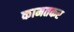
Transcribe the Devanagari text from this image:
कामतकर